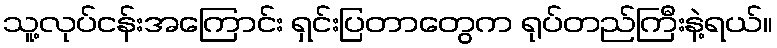
သူ့လုပ်ငန်းအကြောင်း ရှင်းပြတာတွေက ရုပ်တည်ကြီးနဲ့ရယ်။